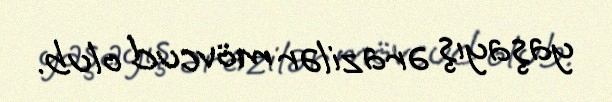
yaşayış ərazilər mövcud olub.